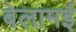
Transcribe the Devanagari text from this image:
बेलामई